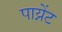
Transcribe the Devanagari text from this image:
पाय्नेंट